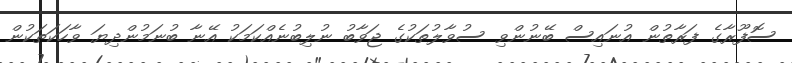
ސޮފޫރާގެ ފަރާތުން އުނައިސް ބޭނުންވި ސުވާލުތަކުގެ ޖަވާބު ނުލިބުނެއްކަމަކު އޭނާ ބުނަމުންދިޔަ ވާހަކަތަކުން